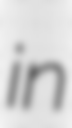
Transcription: in